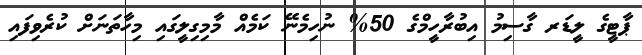
ޕާޓީގެ ލީޑަރ ގާސިމު އިބުރާހީމްގެ 50% ނުހިމެނޭ ކަމެއް މާމިގިލީގައި މިހާތަނަށް ކުރެވިފައި